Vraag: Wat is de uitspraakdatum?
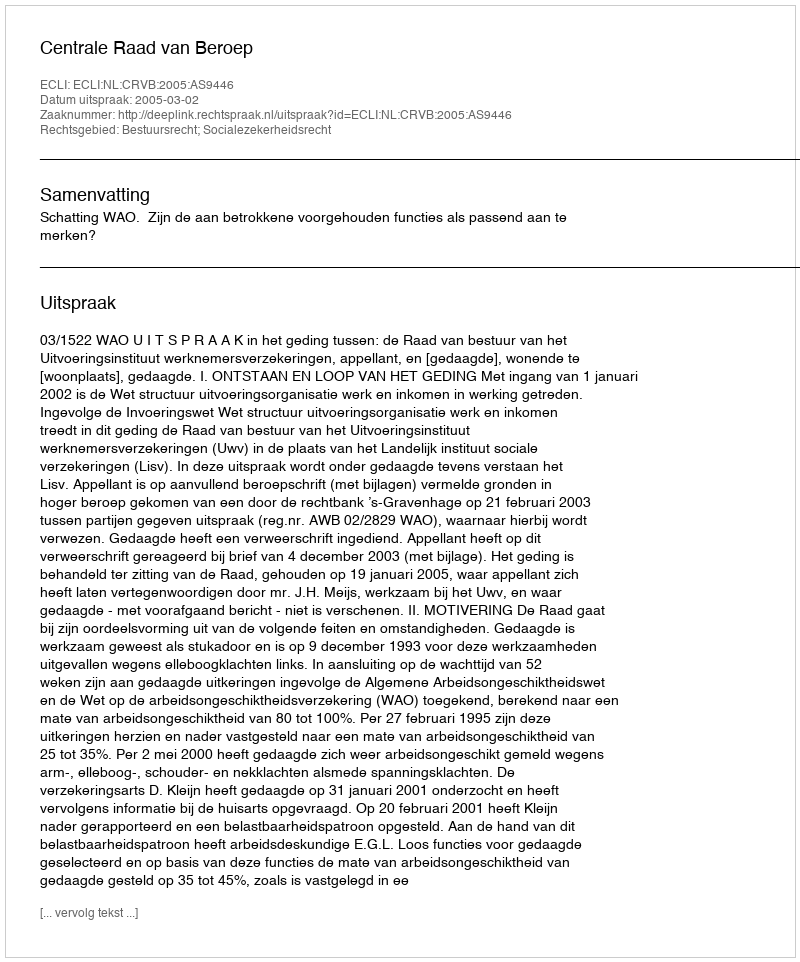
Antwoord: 2005-03-02